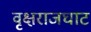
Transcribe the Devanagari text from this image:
वृक्षराजघाट